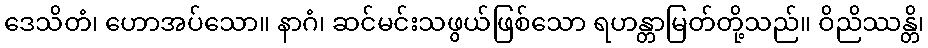
ဒေသိတံ၊ ဟောအပ်သော။ နာဂံ၊ ဆင်မင်းသဖွယ်ဖြစ်သော ရဟန္တာမြတ်တို့သည်။ ဝိညိဿန္တိ၊